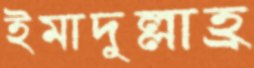
ইমাদুল্লাহ্র